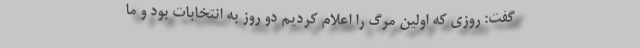
گفت: روزی که اولین مرگ را اعلام کردیم دو روز به انتخابات بود و ما